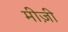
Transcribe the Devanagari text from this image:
मीज़ी